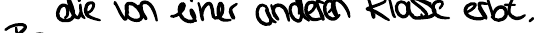
die von einer anderen Klasse erbt.